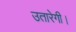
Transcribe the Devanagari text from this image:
उतारेगी।